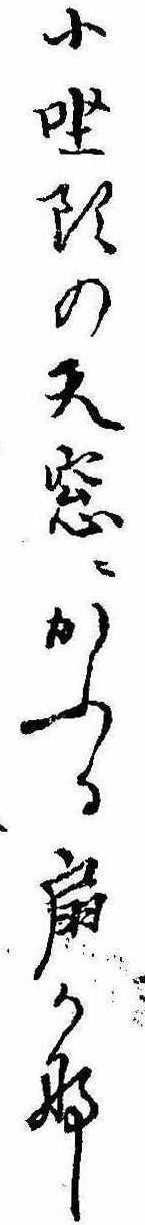
小坐頭の天窓にかふる扇かな